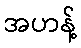
အဟန့်